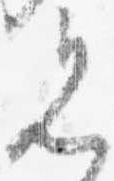
見